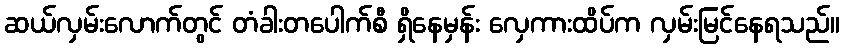
ဆယ်လှမ်းလောက်တွင် တံခါးတပေါက်စီ ရှိနေမှန်း လှေကားထိပ်က လှမ်းမြင်နေရသည်။